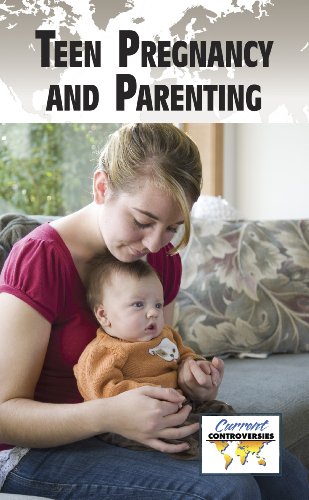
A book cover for Teen Pregnancy and Parenting (Current Controversies); Teen & Young Adult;